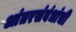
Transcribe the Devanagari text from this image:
आंतरसंबंधांची